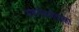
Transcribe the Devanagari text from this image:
अशनीवर्षावाला